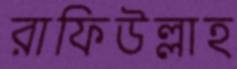
রাফিউল্লাহ